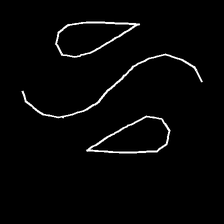
Glyph: water